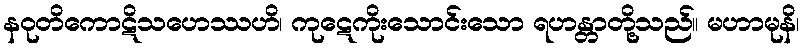
နဝုတိကောဋိသဟေဿဟိ၊ ကုဋေကိုးသောင်းသော ရဟန္တာတို့သည်။ မဟာမုနိ၊